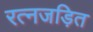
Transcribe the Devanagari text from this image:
रत्नजड़ित